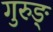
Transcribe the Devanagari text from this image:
गुरुङ्‌